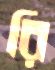
রি